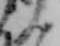
ん